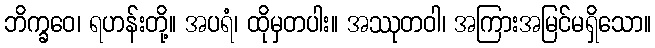
ဘိက္ခဝေ၊ ရဟန်းတို့။ အပရံ၊ ထိုမှတပါး။ အဿုတဝါ၊ အကြားအမြင်မရှိသော။